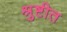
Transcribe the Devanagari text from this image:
श्रुष्टीत